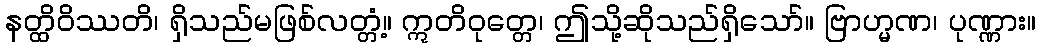
နတ္ထိဝိဿတိ၊ ရှိသည်မဖြစ်လတ္တံ့။ ဣတိဝုတ္တေ၊ ဤသို့ဆိုသည်ရှိသော်။ ဗြာဟ္မဏ၊ ပုဏ္ဏား။